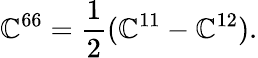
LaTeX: \mathbb{C}^{66}=\frac{1}{2}(\mathbb{C}^{11}-\mathbb{C}^{12}).